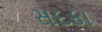
સદકા